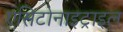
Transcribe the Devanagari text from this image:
एसिटोनाइट्राइल